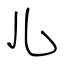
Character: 儿